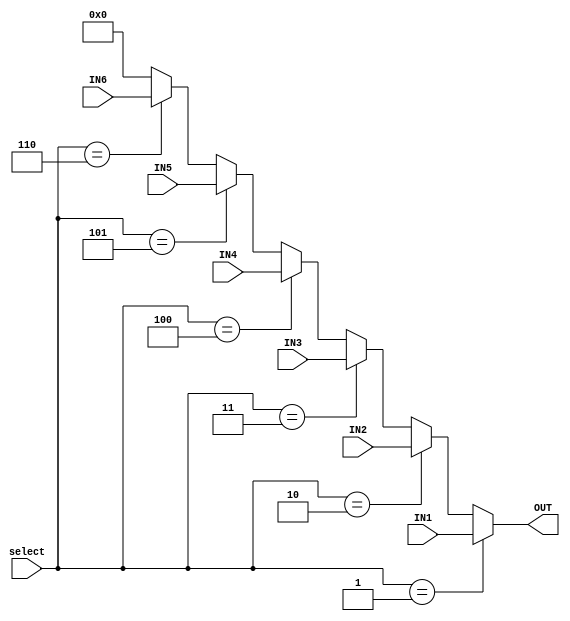
`timescale 1ns / 1ps
//////////////////////////////////////////////////////////////////////////////////
// Company: 
// 
// Design Name: 
// Module Name:    Multiplexer6 
// Project Name: 
// Target Devices: 
// Tool versions: 
// Description: 
//
// Dependencies: 
//
// Revision: 
// Revision 0.01 - File Created
// Additional Comments: 
//
//////////////////////////////////////////////////////////////////////////////////
module Multiplexer6(//MUX6(32)
	input [2:0] select,
	input [31:0] IN1,
	input [31:0] IN2,
	input [31:0] IN3,
	input [31:0] IN4,
	input [31:0] IN5,
	input [31:0] IN6,

	output [31:0] OUT
    );

	assign OUT =(select==3'b001)?IN1:
					(select==3'b010)?IN2:
					(select==3'b011)?IN3:
					(select==3'b100)?IN4:
					(select==3'b101)?IN5:
					(select==3'b110)?IN6:32'b0;


endmodule